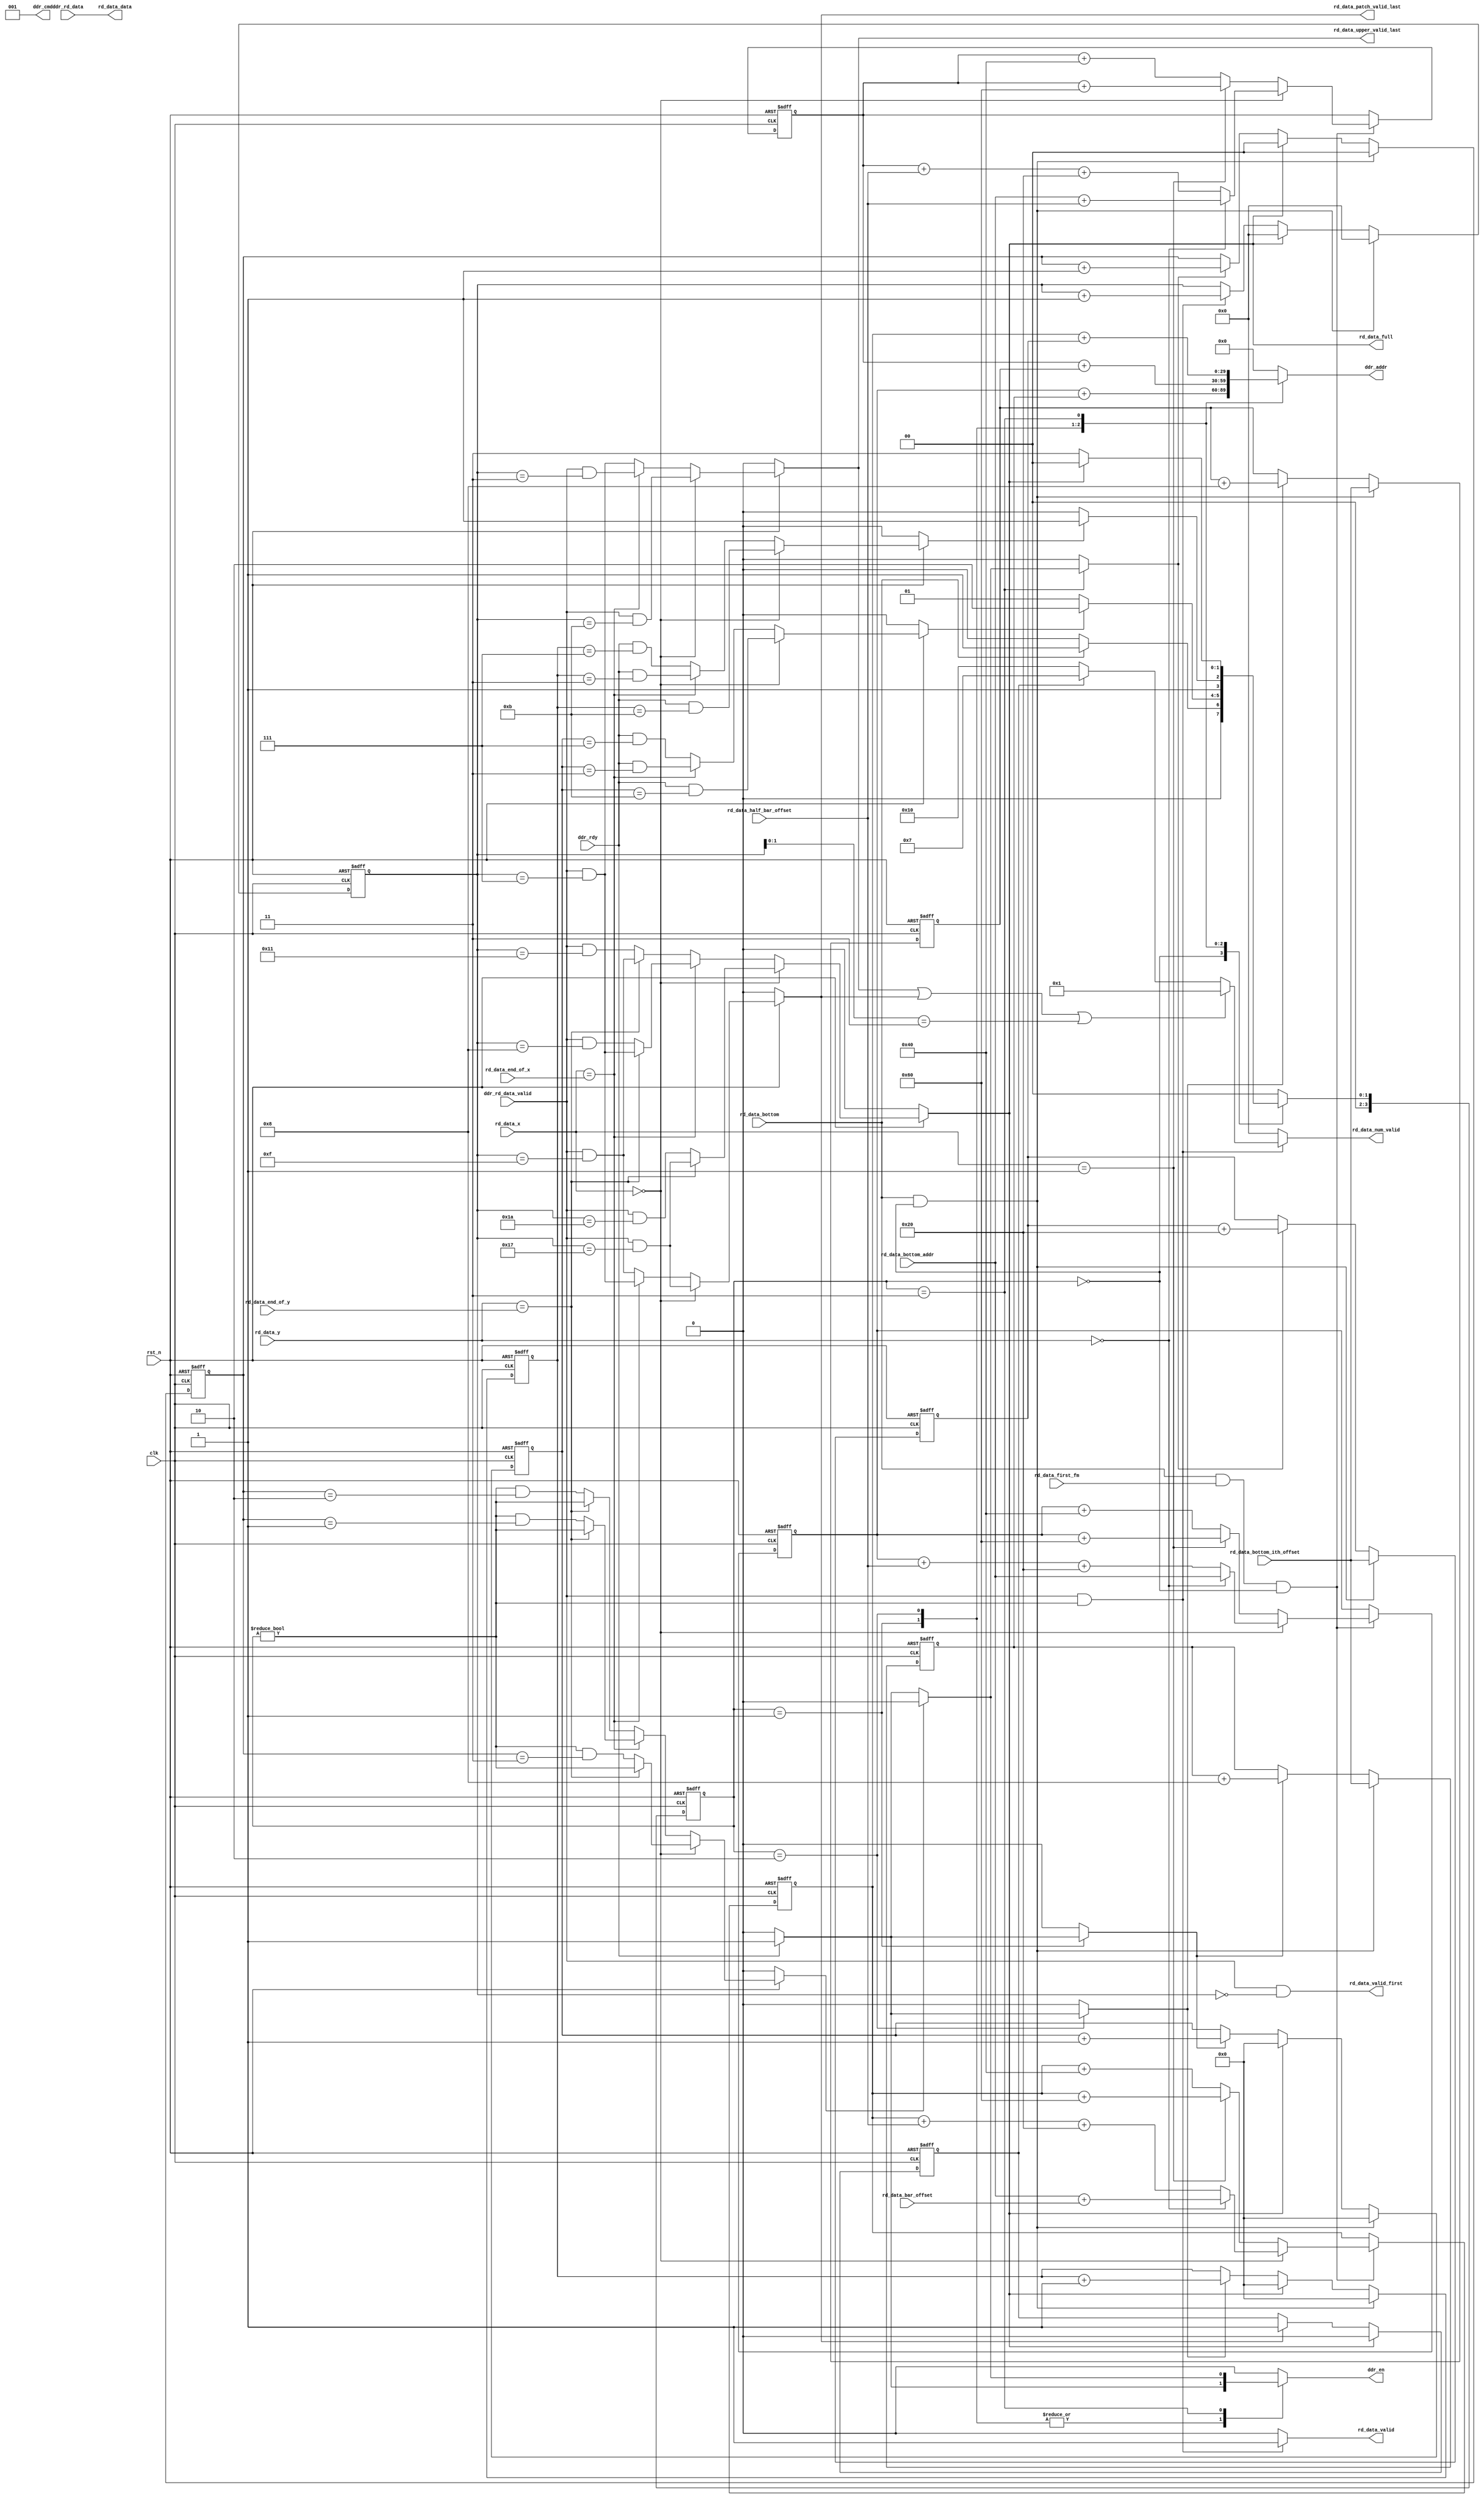
module rd_ddr_data(
    input  wire           clk,
    input  wire           rst_n,
    // ddr
    input  wire           ddr_rd_data_valid,
    input  wire           ddr_rdy,
    input  wire [511:0]   ddr_rd_data,
    output reg  [29:0]    ddr_addr,
    output reg  [2:0]     ddr_cmd,
    output reg            ddr_en,
    //
    input  wire           rd_data_bottom,     // read bottom data enable
    input  wire [29:0]    rd_data_bottom_addr,// read bottom data address, start address of bottom data
    input  wire [8:0]     rd_data_end_of_x,
    input  wire [8:0]     rd_data_end_of_y,
    input  wire [8:0]     rd_data_x,          // column index of the patch, stable till end
    input  wire [8:0]     rd_data_y,          // row index of the patch
    input  wire           rd_data_first_fm,   // first input feature map, update base address
    input  wire [29:0]    rd_data_bottom_ith_offset,  // ith bottom feature map size, stable till end
    input  wire [29:0]    rd_data_bar_offset, // 14*rd_data_max_x*float_num_width/ddr_data_width
    input  wire [29:0]    rd_data_half_bar_offset, // 7*rd_data_max_x*float_num_width/ddr_data_width
    output reg  [511:0]   rd_data_data, // rearranged ddr data
    output reg  [4:0]     rd_data_num_valid, // num of valid float data(32 bits) in rd_data_data
    output reg            rd_data_valid,
    output reg            rd_data_patch_valid_last,
    output reg            rd_data_upper_valid_last,
    output wire           rd_data_valid_first,
    output reg            rd_data_full
  );

  // states
  localparam RD_DATA_RST        = 4'd0;
  localparam RD_DATA_UPPER_PATCH= 4'd1;
  localparam RD_DATA_LOWER_PATCH= 4'd2;
  localparam RD_DATA_PADDING    = 4'd3;
  // constant parameter
  localparam FLOAT_NUM_WIDTH  = 32;
  localparam DDR_DATA_WIDTH   = 64;
  localparam DDR_BURST_LEN    = 8; // ddr data burst length
  //
  localparam RD_MINI_1_SIZE = (7*7*FLOAT_NUM_WIDTH/DDR_DATA_WIDTH/DDR_BURST_LEN + 1)*DDR_BURST_LEN;
  localparam RD_MINI_2_SIZE = 2*RD_MINI_1_SIZE;
  localparam RD_MINI_3_SIZE = 3*RD_MINI_1_SIZE;
  localparam RD_HALF_0Y_CNT = (7*7*FLOAT_NUM_WIDTH/DDR_DATA_WIDTH/DDR_BURST_LEN + 1)*3 - 1; // 4*3-1
  localparam RD_HALF_XY_CNT = (7*7*FLOAT_NUM_WIDTH/DDR_DATA_WIDTH/DDR_BURST_LEN + 1)*2 - 1; // 4*2-1
  localparam RD_HALF_EY_CNT = (7*7*FLOAT_NUM_WIDTH/DDR_DATA_WIDTH/DDR_BURST_LEN + 1)*1 - 1; // 4*1-1
  localparam RD_PADDING_0Y_CNT = 3;
  localparam RD_PADDING_XY_CNT = 2;
  localparam RD_PADDING_EY_CNT = 1;
  localparam RD_TOTAL_0Y_CNT= 2*RD_HALF_0Y_CNT+1 +RD_PADDING_0Y_CNT;
  localparam RD_TOTAL_XY_CNT= 2*RD_HALF_XY_CNT+1 +RD_PADDING_XY_CNT;
  localparam RD_TOTAL_EY_CNT= 2*RD_HALF_EY_CNT+1 +RD_PADDING_EY_CNT;

  reg  [3:0]    _rd_data_state;
  reg  [3:0]    _rd_data_next_state;

  reg           _rd_data_on_padding;
  reg           _rd_data_upper_last;
  reg           _rd_data_lower_last;
  reg           _rd_data_padding_stop;
//reg           rd_data_upper_valid_last;
  reg  [3:0]    _rd_data_upper_cnt;
  reg  [3:0]    _rd_data_lower_cnt;
  reg  [4:0]    _rd_data_valid_cnt;
  reg  [1:0]    _rd_data_padding_cnt;
  reg  [29:0]   _rd_data_upper_offset;
  reg  [29:0]   _rd_data_lower_offset;
  reg  [29:0]   _rd_data_padding_offset;
  reg  [29:0]   _rd_data_upper_addr;
  reg  [29:0]   _rd_data_lower_addr;
  reg  [29:0]   _rd_data_padding_addr;
  reg           _rd_data_upper_next;
  reg           _rd_data_lower_next;
  reg           _rd_data_padding_next;

  assign rd_data_data = ddr_rd_data;
  assign rd_data_valid_first = (ddr_rd_data_valid && (_rd_data_valid_cnt == 5'h0));

  // FF
  always@(posedge clk or negedge rst_n) begin
    if(!rst_n) begin
      _rd_data_state <= RD_DATA_RST;
    end else begin
      _rd_data_state <= _rd_data_next_state;
    end
  end
  // transition
  always@(_rd_data_state or rd_data_bottom or _rd_data_upper_last or
          _rd_data_lower_last or rd_data_full) begin
    _rd_data_next_state = RD_DATA_RST;
    case(_rd_data_state)
      RD_DATA_RST: begin
        if(rd_data_bottom) begin
          _rd_data_next_state = RD_DATA_UPPER_PATCH;
        end else begin
          _rd_data_next_state = RD_DATA_RST;
        end
      end
      RD_DATA_UPPER_PATCH: begin
        if(_rd_data_upper_last) begin
          _rd_data_next_state = RD_DATA_LOWER_PATCH;
        end else begin
          _rd_data_next_state = RD_DATA_UPPER_PATCH;
        end
      end
      RD_DATA_LOWER_PATCH: begin
        if(_rd_data_lower_last) begin
          _rd_data_next_state = RD_DATA_PADDING;
        end else begin
          _rd_data_next_state = RD_DATA_LOWER_PATCH;
        end
      end
      RD_DATA_PADDING: begin
        if(rd_data_full) begin
          _rd_data_next_state = RD_DATA_RST;
        end else begin
          _rd_data_next_state = RD_DATA_PADDING;
        end
      end
    endcase
  end
  // logic
  always@(_rd_data_state or _rd_data_upper_addr or _rd_data_upper_offset or
          _rd_data_lower_addr or _rd_data_lower_offset or _rd_data_padding_addr or
          _rd_data_padding_offset or ddr_rdy or _rd_data_padding_stop) begin
    ddr_en    = 1'b0;
    ddr_cmd   = 3'h1;
    ddr_addr  = 30'h0;
    _rd_data_upper_next = 1'b0;
    _rd_data_lower_next = 1'b0;
    _rd_data_padding_next = 1'b0;
    case(_rd_data_state)
      RD_DATA_RST: begin
        ddr_en = 1'b0;
      end
      RD_DATA_UPPER_PATCH: begin
        if(ddr_rdy) begin
          ddr_en    = 1'b1;
          ddr_cmd   = 3'h1;
          ddr_addr  = _rd_data_upper_addr + _rd_data_upper_offset;
          _rd_data_upper_next = 1'b1;
        end else begin
          ddr_en    = 1'b0;
          ddr_cmd   = 3'h1;
          ddr_addr  = _rd_data_upper_addr + _rd_data_upper_offset;
        end
      end
      RD_DATA_LOWER_PATCH: begin
        if(ddr_rdy) begin
          ddr_en    = 1'b1;
          ddr_cmd   = 3'h1;
          ddr_addr  = _rd_data_lower_addr + _rd_data_lower_offset;
          _rd_data_lower_next = 1'b1;
        end else begin
          ddr_en    = 1'b0;
          ddr_cmd   = 3'h1;
          ddr_addr  = _rd_data_lower_addr + _rd_data_lower_offset;
        end
      end
      RD_DATA_PADDING: begin
        if(_rd_data_padding_stop) begin
          ddr_en    = 1'b0;
          ddr_cmd   = 3'h1;
          ddr_addr  = _rd_data_padding_addr + _rd_data_padding_offset;
        end else begin
          if(ddr_rdy) begin
            ddr_en  = 1'b1;
            ddr_cmd = 3'h1;
            ddr_addr= _rd_data_padding_addr + _rd_data_padding_offset;
            _rd_data_padding_next = 1'b1;
          end else begin
            ddr_en  = 1'b0;
            ddr_cmd = 3'h1;
            ddr_addr= _rd_data_padding_addr + _rd_data_padding_offset;
            _rd_data_padding_next = 1'b0;
          end
        end
      end
    endcase
  end
  // patch address and padding address
  always@(posedge clk or negedge rst_n) begin
    if(!rst_n) begin
      _rd_data_upper_addr <= 30'h0;
      _rd_data_lower_addr <= 30'h0;
      _rd_data_padding_addr <= 30'h0;
    end else begin
      if(rd_data_bottom && rd_data_first_fm && (_rd_data_state == RD_DATA_RST)) begin
        if(rd_data_x == 9'h0) begin
          if(rd_data_y == 9'h0) begin
            _rd_data_upper_addr <= rd_data_bottom_addr;
            _rd_data_lower_addr <= rd_data_bottom_addr + rd_data_half_bar_offset;
            _rd_data_padding_addr <= rd_data_bottom_addr + rd_data_bar_offset;
          end else begin
            _rd_data_upper_addr <= _rd_data_upper_addr + rd_data_half_bar_offset + RD_MINI_1_SIZE;
            _rd_data_lower_addr <= _rd_data_lower_addr + rd_data_half_bar_offset + RD_MINI_1_SIZE;
            _rd_data_padding_addr <= _rd_data_padding_addr + rd_data_half_bar_offset + RD_MINI_1_SIZE;
          end
        end else if(rd_data_x == 9'h1) begin
          _rd_data_upper_addr <= _rd_data_upper_addr + RD_MINI_3_SIZE;
          _rd_data_lower_addr <= _rd_data_lower_addr + RD_MINI_3_SIZE;
          _rd_data_padding_addr <= _rd_data_padding_addr + RD_MINI_3_SIZE;
        end else begin
          _rd_data_upper_addr <= _rd_data_upper_addr + RD_MINI_2_SIZE;
          _rd_data_lower_addr <= _rd_data_lower_addr + RD_MINI_2_SIZE;
          _rd_data_padding_addr <= _rd_data_padding_addr + RD_MINI_2_SIZE;
        end
      end
    end
  end
  // patch offset and padding offset
  always@(posedge clk or negedge rst_n) begin
    if(!rst_n) begin
      _rd_data_upper_offset <= 30'h0;
      _rd_data_lower_offset <= 30'h0;
      _rd_data_padding_offset <= 30'h0;
    end else begin
      if(rd_data_bottom && (_rd_data_state==RD_DATA_RST)) begin
      // reset
        _rd_data_upper_offset <= rd_data_bottom_ith_offset;
        _rd_data_lower_offset <= rd_data_bottom_ith_offset;
        _rd_data_padding_offset <= rd_data_bottom_ith_offset;
      end else begin
      // increment
        if(_rd_data_upper_next) begin
          _rd_data_upper_offset <= _rd_data_upper_offset + DDR_BURST_LEN;
        end
        if(_rd_data_lower_next) begin
          _rd_data_lower_offset <= _rd_data_lower_offset + DDR_BURST_LEN;
        end
        if(_rd_data_padding_next) begin
          _rd_data_padding_offset <= _rd_data_padding_offset + RD_MINI_1_SIZE;
        end
      end
    end
  end
  // patch counter, padding counter and valid counter
  always@(posedge clk or negedge rst_n) begin
    if(!rst_n) begin
      _rd_data_upper_cnt <= 4'h0;
      _rd_data_lower_cnt <= 4'h0;
      _rd_data_valid_cnt <= 5'h0;
      _rd_data_padding_cnt <= 2'h0;
    end else begin
      if(rd_data_bottom && (_rd_data_state==RD_DATA_RST)) begin
      // reset
        _rd_data_upper_cnt <= 4'h0;
        _rd_data_lower_cnt <= 4'h0;
        _rd_data_valid_cnt <= 5'h0;
        _rd_data_padding_cnt <= 2'h0;
      end else begin
      // increment
        if(_rd_data_upper_next) begin
          _rd_data_upper_cnt <= _rd_data_upper_cnt + 1'b1;
        end
        if(_rd_data_lower_next) begin
          _rd_data_lower_cnt <= _rd_data_lower_cnt + 1'b1;
        end
        if(_rd_data_padding_next) begin
          _rd_data_padding_cnt <= _rd_data_padding_cnt + 1'b1;
        end
        if(ddr_rd_data_valid && (_rd_data_state!=RD_DATA_RST)) begin
          _rd_data_valid_cnt <= _rd_data_valid_cnt + 1'b1;
        end
        // reset
        if(rd_data_full) begin
          _rd_data_upper_cnt <= 4'h0;
          _rd_data_lower_cnt <= 4'h0;
          _rd_data_valid_cnt <= 5'h0;
          _rd_data_padding_cnt <= 2'h0;
        end
      end
    end
  end
  // 'last' signal
  always@(rst_n or _rd_data_upper_cnt or _rd_data_lower_cnt or ddr_rd_data_valid or
          _rd_data_padding_cnt or _rd_data_valid_cnt or rd_data_x or ddr_rdy or
          rd_data_y or rd_data_end_of_x or rd_data_end_of_y or _rd_data_state) begin
    if(!rst_n) begin
      rd_data_full        = 1'b0;
      _rd_data_upper_last = 1'b0;
      _rd_data_lower_last = 1'b0;
      _rd_data_padding_stop = 1'b0;
      rd_data_patch_valid_last = 1'b0;
      rd_data_upper_valid_last = 1'b0;
    end else begin
      if(rd_data_x == 9'h0) begin
      // (0,y)
        if(rd_data_y == rd_data_end_of_y) begin
          _rd_data_upper_last = (ddr_rdy && (_rd_data_upper_cnt == RD_HALF_0Y_CNT));
          _rd_data_lower_last = (ddr_rdy && (_rd_data_lower_cnt == RD_HALF_0Y_CNT));
          _rd_data_padding_stop = (_rd_data_state!=RD_DATA_RST);
          rd_data_patch_valid_last = (ddr_rd_data_valid && (_rd_data_valid_cnt == (RD_TOTAL_0Y_CNT - RD_PADDING_0Y_CNT)));
          rd_data_upper_valid_last = (ddr_rd_data_valid && (_rd_data_valid_cnt == RD_HALF_0Y_CNT));
          rd_data_full  = (ddr_rd_data_valid && (_rd_data_valid_cnt == (RD_TOTAL_0Y_CNT - RD_PADDING_0Y_CNT)));
        end else begin
          _rd_data_upper_last = (ddr_rdy && (_rd_data_upper_cnt == RD_HALF_0Y_CNT));
          _rd_data_lower_last = (ddr_rdy && (_rd_data_lower_cnt == RD_HALF_0Y_CNT));
          _rd_data_padding_stop = ((_rd_data_state!=RD_DATA_RST) && (_rd_data_padding_cnt == RD_PADDING_0Y_CNT));
          rd_data_patch_valid_last = (ddr_rd_data_valid && (_rd_data_valid_cnt == (RD_TOTAL_0Y_CNT - RD_PADDING_0Y_CNT)));
          rd_data_upper_valid_last = (ddr_rd_data_valid && (_rd_data_valid_cnt == RD_HALF_0Y_CNT));
          rd_data_full  = (ddr_rd_data_valid && (_rd_data_valid_cnt == RD_TOTAL_0Y_CNT));
        end
      end else if(rd_data_x == rd_data_end_of_x) begin
      // (e,y)
        if(rd_data_y == rd_data_end_of_y) begin
          _rd_data_upper_last = (ddr_rdy && (_rd_data_upper_cnt == RD_HALF_EY_CNT));
          _rd_data_lower_last = (ddr_rdy && (_rd_data_lower_cnt == RD_HALF_EY_CNT));
          _rd_data_padding_stop = (_rd_data_state!=RD_DATA_RST);
          rd_data_patch_valid_last = (ddr_rd_data_valid && (_rd_data_valid_cnt == (RD_TOTAL_EY_CNT - RD_PADDING_EY_CNT)));
          rd_data_upper_valid_last = (ddr_rd_data_valid && (_rd_data_valid_cnt == RD_HALF_EY_CNT));
          rd_data_full  = (ddr_rd_data_valid && (_rd_data_valid_cnt == (RD_TOTAL_EY_CNT - RD_PADDING_EY_CNT)));
        end else begin
          _rd_data_upper_last = (ddr_rdy && (_rd_data_upper_cnt == RD_HALF_EY_CNT));
          _rd_data_lower_last = (ddr_rdy && (_rd_data_lower_cnt == RD_HALF_EY_CNT));
          _rd_data_padding_stop = ((_rd_data_state!=RD_DATA_RST) && (_rd_data_padding_cnt == RD_PADDING_EY_CNT));
          rd_data_patch_valid_last = (ddr_rd_data_valid && (_rd_data_valid_cnt == (RD_TOTAL_EY_CNT - RD_PADDING_EY_CNT)));
          rd_data_upper_valid_last = (ddr_rd_data_valid && (_rd_data_valid_cnt == RD_HALF_EY_CNT));
          rd_data_full  = (ddr_rd_data_valid && (_rd_data_valid_cnt == RD_TOTAL_EY_CNT));
        end
      end else begin
      // (x,y)
        if(rd_data_y == rd_data_end_of_y) begin
          _rd_data_upper_last = (ddr_rdy && (_rd_data_upper_cnt == RD_HALF_XY_CNT));
          _rd_data_lower_last = (ddr_rdy && (_rd_data_lower_cnt == RD_HALF_XY_CNT));
          _rd_data_padding_stop = (_rd_data_state!=RD_DATA_RST);
          rd_data_patch_valid_last = (ddr_rd_data_valid && (_rd_data_valid_cnt == (RD_TOTAL_XY_CNT - RD_PADDING_XY_CNT)));
          rd_data_upper_valid_last = (ddr_rd_data_valid && (_rd_data_valid_cnt == RD_HALF_XY_CNT));
          rd_data_full  = (ddr_rd_data_valid && (_rd_data_valid_cnt == (RD_TOTAL_XY_CNT - RD_PADDING_XY_CNT)));
        end else begin
          _rd_data_upper_last = (ddr_rdy && (_rd_data_upper_cnt == RD_HALF_XY_CNT));
          _rd_data_lower_last = (ddr_rdy && (_rd_data_lower_cnt == RD_HALF_XY_CNT));
          _rd_data_padding_stop = ((_rd_data_state!=RD_DATA_RST) && (_rd_data_padding_cnt == RD_PADDING_XY_CNT));
          rd_data_patch_valid_last = (ddr_rd_data_valid && (_rd_data_valid_cnt == (RD_TOTAL_XY_CNT - RD_PADDING_XY_CNT)));
          rd_data_upper_valid_last = (ddr_rd_data_valid && (_rd_data_valid_cnt == RD_HALF_XY_CNT));
          rd_data_full  = (ddr_rd_data_valid && (_rd_data_valid_cnt == RD_TOTAL_XY_CNT));
        end
      end
    end
  end
  // on padding
  always@(posedge clk or negedge rst_n) begin
    if(!rst_n) begin
      _rd_data_on_padding <= 1'b0;
    end else begin
      if(rd_data_patch_valid_last) begin
        _rd_data_on_padding <= 1'b1;
      end
      if(rd_data_full) begin
        _rd_data_on_padding <= 1'b0;
      end
    end
  end
  // data valid, num of valid datum in data burst
  always@(ddr_rd_data_valid or rd_data_upper_valid_last or _rd_data_valid_cnt or
          rd_data_patch_valid_last or _rd_data_on_padding or _rd_data_state) begin
    if(ddr_rd_data_valid && (_rd_data_state!=RD_DATA_RST)) begin
      rd_data_valid = 1'b1;
      if(rd_data_upper_valid_last || rd_data_patch_valid_last || (_rd_data_valid_cnt[1:0]==2'h3)) begin
        rd_data_num_valid = 5'h1;
      end else if(_rd_data_on_padding) begin
        rd_data_num_valid = 5'h7;
      end else begin
        rd_data_num_valid = 5'h10;
      end
    end else begin
      rd_data_valid = 1'b0;
      rd_data_num_valid = 5'h0;
    end
  end

endmodule